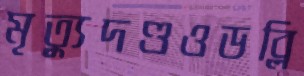
মৃত্যুদণ্ডওডব্লি